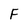
Character: F